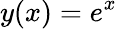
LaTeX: y(x)=e^{x}